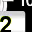
Digit: 2